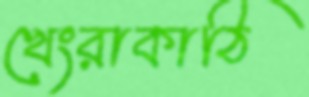
খেংরাকাঠি